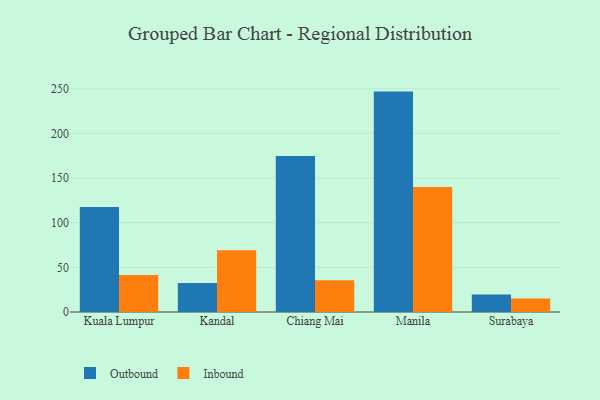
{"axis": {"x": "City", "y": "LTV (USD)"}, "legend": ["Inbound", "Outbound"], "data": [{"x": "Kuala Lumpur", "y": 117.7, "type": "Outbound"}, {"x": "Kuala Lumpur", "y": 41.3, "type": "Inbound"}, {"x": "Kandal", "y": 32.6, "type": "Outbound"}, {"x": "Kandal", "y": 69.1, "type": "Inbound"}, {"x": "Chiang Mai", "y": 174.7, "type": "Outbound"}, {"x": "Chiang Mai", "y": 35.5, "type": "Inbound"}, {"x": "Manila", "y": 246.8, "type": "Outbound"}, {"x": "Manila", "y": 140.1, "type": "Inbound"}, {"x": "Surabaya", "y": 19.6, "type": "Outbound"}, {"x": "Surabaya", "y": 15.1, "type": "Inbound"}]}